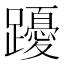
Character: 𨇄